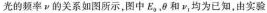
光的频率ν的关系如图所示，图中E_{0}，θ和ν_{1}，均为已知，由实验